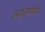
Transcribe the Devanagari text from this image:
आघूर्णाची